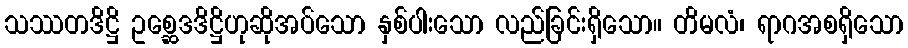
သဿတဒိဋ္ဌိ ဥစ္ဆေဒဒိဋ္ဌိဟုဆိုအပ်သော နှစ်ပါးသော လည်ခြင်းရှိသော။ တိမလံ၊ ရာဂအစရှိသော